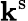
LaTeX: {\mathbf k}^{\mathrm{s}}